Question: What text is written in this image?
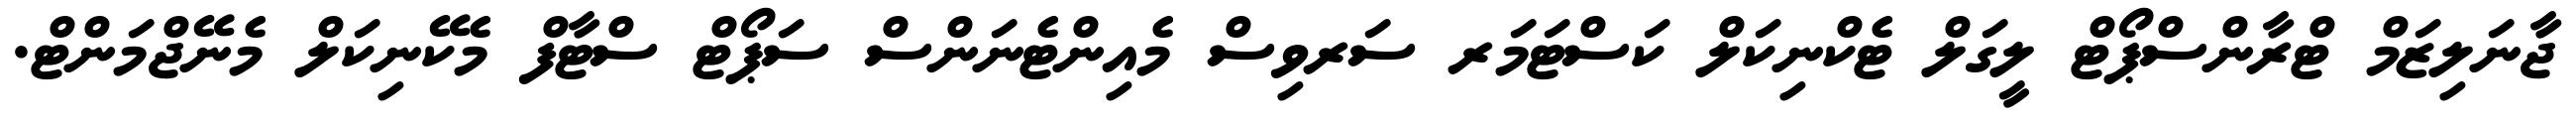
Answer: ޖާނަލިޒަމް ޓްރާންސްޕޯޓް ލީގަލް ޓެކްނިކަލް ކަސްޓަމަރ ސަރވިސް މެއިންޓެނަންސް ސަޕޯޓް ސްޓާފް މެކޭނިކަލް މެނޭޖްމަންޓް.